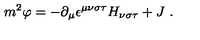
m ^ { 2 } \varphi = - \partial _ { \mu } \epsilon ^ { \mu \nu \sigma \tau } H _ { \nu \sigma \tau } + J \ .